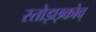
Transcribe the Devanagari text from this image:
स्तोइछ्कोव्